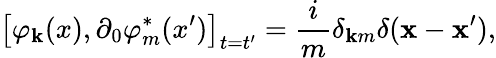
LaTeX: \left[\varphi_{\mathbf{k}}(x),\partial_{0}\varphi_{m}^{*}(x^{\prime})\right]_{t=t^{\prime}}=\frac{{i}}{{m}}\delta_{\mathbf{k}m}\delta(\mathbf{{x}}-\mathbf{{x}}^{\prime}),